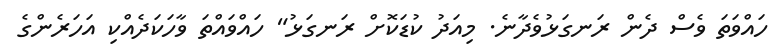
ހައްވަތަ ވެސް ދެން ރަނގަޅުވެދާނެ. މިއަދު ކުޑަކޮށް ރަނގަޅު" ހައްވައްތަ ވާހަކަދެއްކި އަހަރެންގެ